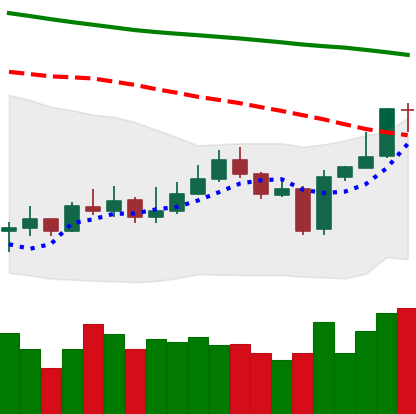
Ticker: EOS-USD
Chart end date: 2020-01-07
Forward return: 11.858%
Label: up_7plus